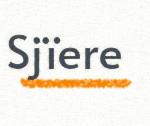
Sjïere